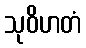
သုဝိဟတံ